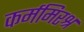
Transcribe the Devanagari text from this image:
कर्ममिरश्र